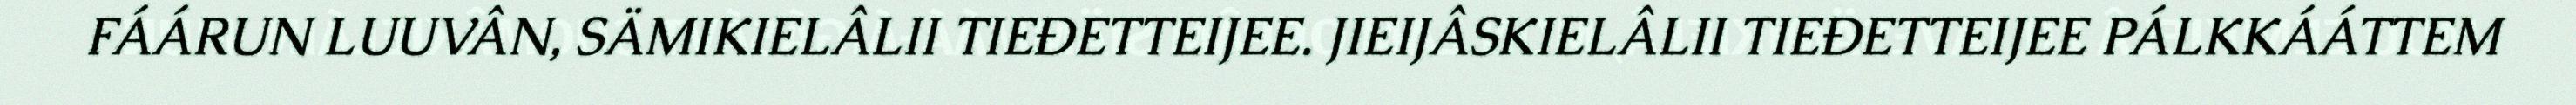
FÁÁRUN LUUVÂN, SÄMIKIELÂLII TIEĐETTEIJEE. JIEIJÂSKIELÂLII TIEĐETTEIJEE PÁLKKÁÁTTEM